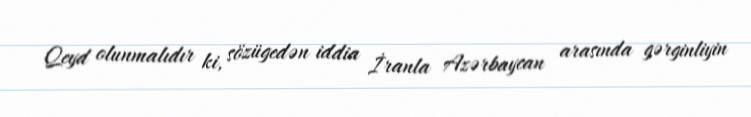
Qeyd olunmalıdır ki, sözügedən iddia İranla Azərbaycan arasında gərginliyin